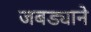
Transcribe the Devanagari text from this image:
जबड्याने